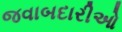
જવાબદારીઓ